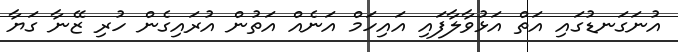
އުނަގަނޑުގައި އަތް އަޅުވާލާފައި އައިހަމް އަނެއް އަތުން އުރައިގެން ހުރި ޒޭނާ ގަޔާ